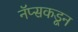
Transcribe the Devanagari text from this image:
नॅप्सकडून